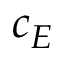
c _ { E }